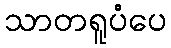
သာတရူပံပေ